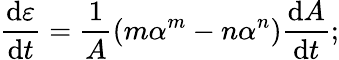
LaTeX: \frac{\mathrm{d}\varepsilon}{\mathrm{d}t}=\frac 1{A}\left(m\alpha^{m}-n\alpha^{n}\right)\frac{\mathrm{d}A}{\mathrm{d}t};